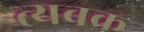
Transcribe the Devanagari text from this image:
त्यबक